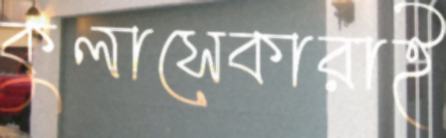
কুলাসেকারাই